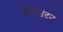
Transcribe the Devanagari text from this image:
गौरीनंदन